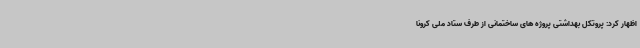
اظهار کرد: پروتکل بهداشتی پروژه های ساختمانی از طرف ستاد ملی کرونا